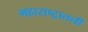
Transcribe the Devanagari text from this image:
महाराष्ट्रातली